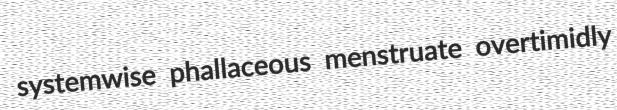
systemwise phallaceous menstruate overtimidly